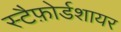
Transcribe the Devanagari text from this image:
स्टैफ़ोर्डशायर